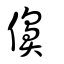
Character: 𠏿